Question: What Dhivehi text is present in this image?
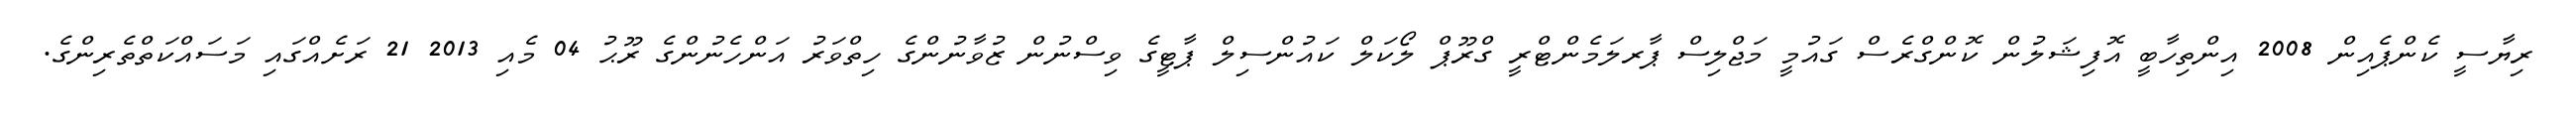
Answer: ރިޔާސީ ކެންޕެއިން 2008 އިންތިހާބީ އޮފިޝަލުން ކޮންގްރެސް ގައުމީ މަޖްލިސް ޕާރލަމެންޓްރީ ގްރޫޕް ލޯކަލް ކައުންސިލް ޕާޓީގެ ވިސްނުން ޒުވާނުންގެ ހިތްވަރު އަންހެނުންގެ ރޫޙު 04 މެއި 2013 21 ރަށެއްގައި މަސައްކަތްތެރިންގެ.